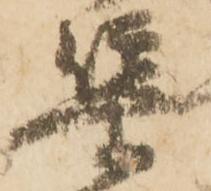
集